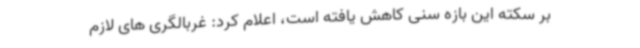
بر سکته این بازه سنی کاهش یافته است، اعلام کرد: غربالگری های لازم